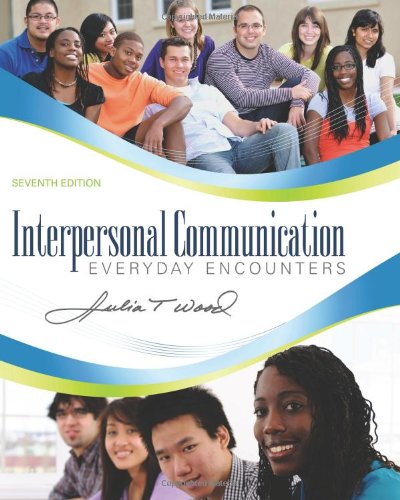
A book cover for Interpersonal Communication: Everyday Encounters, 7th Edition; Julia T. Wood; Humor & Entertainment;